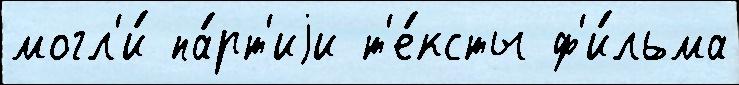
могл'и́ па́рт'иjи т'е́ксты ф'и́льма